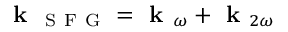
\textbf { k } _ { \mathrm { ~ S ~ F ~ G ~ } } = \textbf { k } _ { \omega } + \textbf { k } _ { 2 \omega }